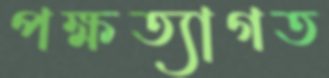
পক্ষত্যাগত